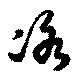
冰